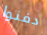
دفنوا